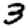
Digit: 3